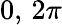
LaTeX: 0,\, 2\pi